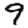
Digit: 9